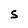
Character: S